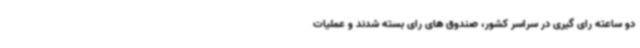
دو ساعته رای گیری در سراسر کشور، صندوق های رای بسته شدند و عملیات